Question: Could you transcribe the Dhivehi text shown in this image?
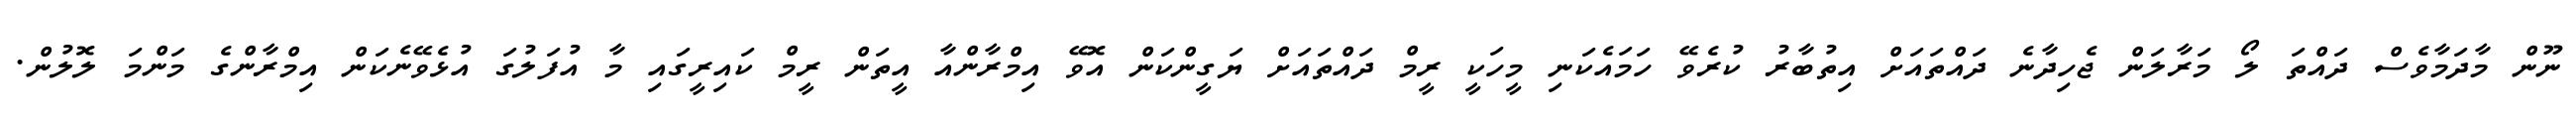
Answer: ނޫން މާދަމާވެސް ދައްތަ ލޯ މަރާލަން ޖެހިދާނެ ދައްތައަށް އިތުބާރު ކުރެވޭ ހަމައެކަނި މީހަކީ ރީމް ދައްތައަށް ޔަގީންކަން އޮވޭ އިމްރާންއާ އީތަން ރީމް ކައިރީގައި މާ އުފަލުގަ އުޅެވޭނެކަން އިމްރާންގެ މަންމަ ލޮލުން.